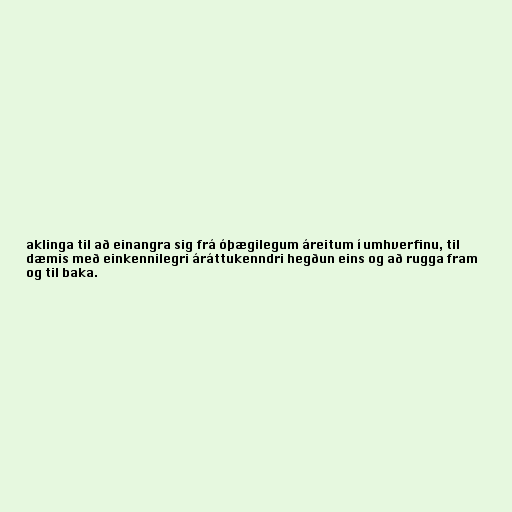
aklinga til að einangra sig frá óþægilegum áreitum í umhverfinu, til
dæmis með einkennilegri áráttukenndri hegðun eins og að rugga fram
og til baka.